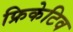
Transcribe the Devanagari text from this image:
फ्रिकेटिव